Elephants and their diseases
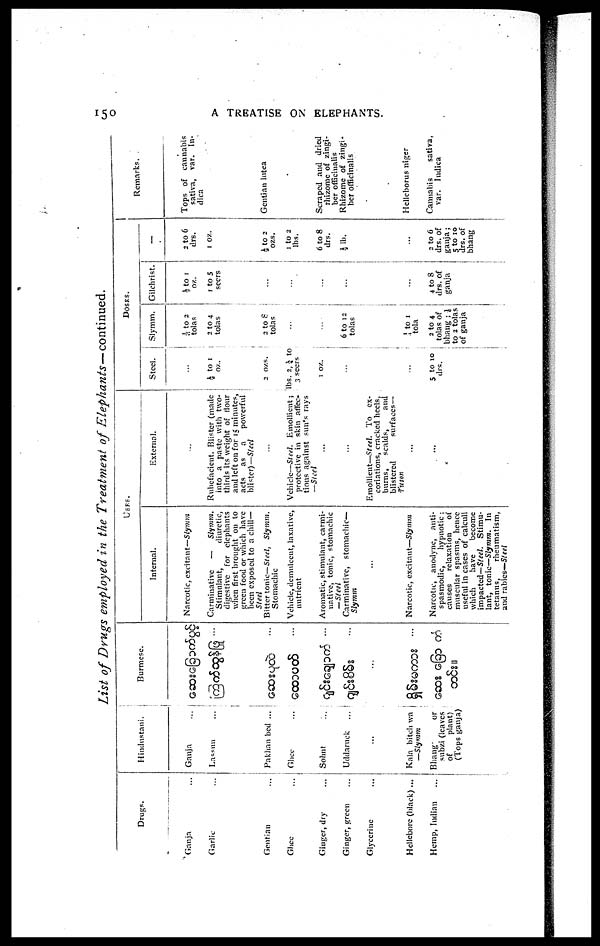
150
A TREATISE ON ELEPHANTS.
List of Drugs employed in the Treatment of
Elephants—continued
Ganja
Garlic
Gentian
Ghee
Ginger,
dry
Ginger,green
Glycerine
Hellebore (black) ...
Hemp,Indian
...
Hindustani.
Ganja
Lassun
Pakhan bed ...
Ghee
Sohnt
Uddaruck
...
Kala bitch wa
—Slymm
Bhang-
or
subzi (leaves
of
plant)
(Tops ganja)
Burmese.
..
USES
Internal.
Narcotic, excitant—Slymm
Carminative
—
Slymm.
Stimulant,
diuretic,
digestive for elephants
when first brought on to
green food or which have
been exposed to a chill—
Steel
Bitter tonic—Steel,
Slymm.
Stomachic
Vehicle, demulcent, laxative,
nutrient
Aromatic, stimulant, carmi-
native, tonic, stomachic
— Steel
Carminative, stomachic—
Sly mm
..
Narcotic, excitant—Slymm
Narcotic, anodyne, anti-
spasmodic, ' hypnotic ;
causes
relaxation
of
muscular spasms, hence
useful in cases of calculi
which
have
become
impacted—Steel. Stimu-
lant, tonic—Slymm. In
tetanus,
rheumatism,
and rabies—Steel
External.
....
Rubefacient. Blister (made
into a paste with two-
thirds its weight of flour
and left on for 15 minutes,
acts
as
a
powerful
blister)— Steel
Vehicle—Steel. Emollient;
protective in skin affec¬
tions against sun's rays
—Steel
Emollient—Steel. To ex¬
coriations, cracked heels,
burns,
scalds,
and
blistered
surfaces—
Tuson
DOSES.
Steel.
...
½ to 1
oz.
2
ozs.
lbs. 2, ½ to
3 seers
1 oz.
...
...
5 to 10
drs.
Slymm.
1/6 to 2
tolas
2 to 4
tolas
2 to 8
tolas
....
...
6 to 12
tolas
¼ to 1
tola
2 to 4
tolas of
bhang ;1
to 2 tolas
of ganja
Gilchrist.
½ to 1
oz.
1 to 5
seers
...
...
...
...
...
4 to 8
drs. of
ganja
—
2 to 6
drs.
1 oz.
½ to 2
ozs.
1to 2
lbs.
6 to 8
drs.
½lb.
..
2 to 6
drs. of
ganja;
5 to 10
drs. of
bhang
Remarks.
Tops of cannabis
sativa, var. In¬
dica
Gentian Intea
Scraped and dried
rhizome of zingi¬
ber officinalis
Rhizome of zingi¬
ber officinalis
Hclleborus niger
Cannabis
sativa,
var. Indica